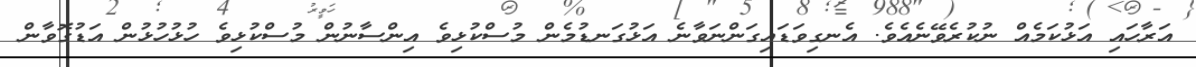
އަރާހައި އަޅުކަމެއް ނުކުރެވޭނެއެވެ. އެނގިވަޑައިގަންނަވާނެ އަޅުގަނޑުމެން މުސްކުޅިވެ އިންސާނުން މުސްކުޅިވެ ހުޅުހުޅުން އަޑުގޮވާން